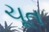
ચૂત